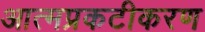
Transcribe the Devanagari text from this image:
आत्मप्रकटीकरण